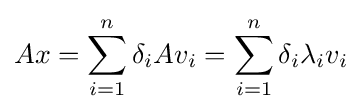
Ax=\sum _{i=1}^{n}\delta _{i}Av_{i}=\sum _{i=1}^{n}\delta _{i}\lambda _{i}v_{i}